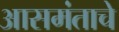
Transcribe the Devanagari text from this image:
आसमंताचे